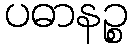
ပဓာနဉ္စ